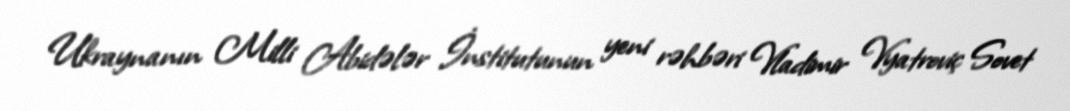
Ukraynanın Milli Abidələr İnstitutunun yeni rəhbəri Vladimir Vyatroviç Sovet